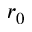
r _ { 0 }